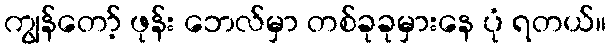
ကျွန်တော့် ဖုန်း ဘေလ်မှာ တစ်ခုခုမှားနေ ပုံ ရတယ်။